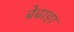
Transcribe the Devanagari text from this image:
बेबाहा